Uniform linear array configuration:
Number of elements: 8
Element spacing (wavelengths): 1
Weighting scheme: hamming
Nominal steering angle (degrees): -60
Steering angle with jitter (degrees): -58.467
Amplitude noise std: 0.05
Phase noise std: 0.05

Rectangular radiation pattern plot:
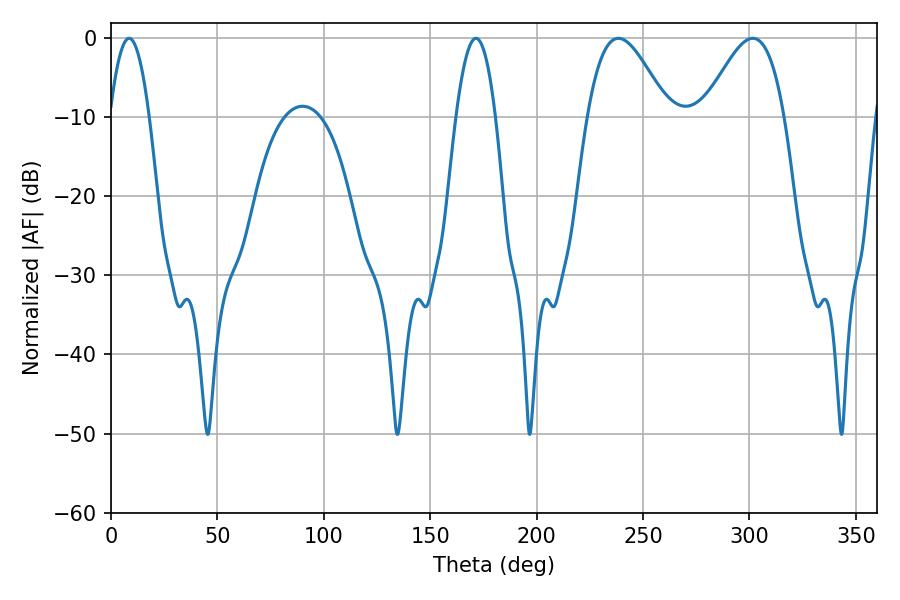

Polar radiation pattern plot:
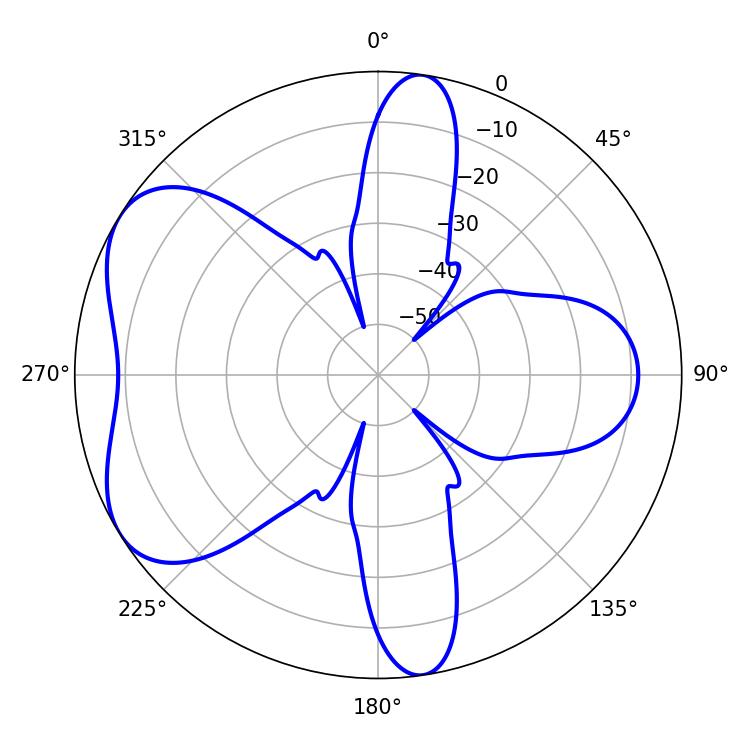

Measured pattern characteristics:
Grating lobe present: TRUE
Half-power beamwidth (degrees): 20.16
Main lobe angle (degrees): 301.5